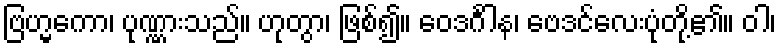
ဗြဟ္မကော၊ ပုဏ္ဏားသည်။ ဟုတွာ၊ ဖြစ်၍။ ဝေဒင်္ဂါန၊ ဗေဒင်လေးပုံတို့၏။ ဝါ၊